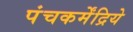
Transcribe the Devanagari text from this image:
पंचकर्मेंद्रिये